system: You are a helpful assistant.
user:
Analyze the provided spectrum to determine if it is a **"Cataclysmic Variables (CV)"**.

- **Key Indicators for CV (Check for either state):**
    - **State 1: Quiescent / Low-State (Emission-Dominated)**
        - **(Primary):** Strong and *very broad* Hydrogen Balmer emission lines (e.g., $H\alpha$ at 6563 Å, $H\beta$ at 4861 Å). The 'broadness' (high velocity dispersion, often FWHM > 1000 km/s) is the key diagnostic, indicating a high-velocity accretion disk.
        - **(Secondary):** Broad neutral Helium (He I) emission lines (e.g., 5876 Å, 6678 Å).
        - **(Key Confirmation):** Presence of high-excitation *ionized* Helium (He II) emission at 4686 Å. This is a strong indicator of accretion onto a white dwarf.
        - **(Line Profile):** Emission lines may exhibit a 'double-peaked' profile, which is a classic signature of a rotating accretion disk viewed at high inclination.

    - **State 2: Outburst / High-State (Absorption-Dominated)**
        - **(Primary):** Spectrum is dominated by a bright, blue continuum (looks like a hot star).
        - **(Secondary):** The emission lines from State 1 are weak, absent, or 'filled in', and are replaced by broad, shallow *absorption* lines (primarily Balmer and He I).
        - **(Morphology):** The overall spectrum mimics a hot B/A-type star. The crucial difference is that the absorption lines are significantly broader, shallower, and more 'washed-out' (or 'smeared') than the sharp lines of a normal stellar photosphere, due to high rotational speeds and pressure broadening in the disk.

Think first, call **spectral_visualization_tool** if needed to examine features in detail, then provide your final answer. Your response must adhere to the following strict rules:
1.  **Overall Structure:** Your response must follow the format `<think>...</think> <tool_call>...</tool_call> (if a tool is used) <answer>...</answer>`.
2.  **Tool Usage Constraint:** You may only make **one** tool call per turn.
3.  **Final Answer Format:** In the `<answer>` tag, your conclusion must be inside a `\boxed{}` command (e.g., `\boxed{YES}`), followed by your justification.

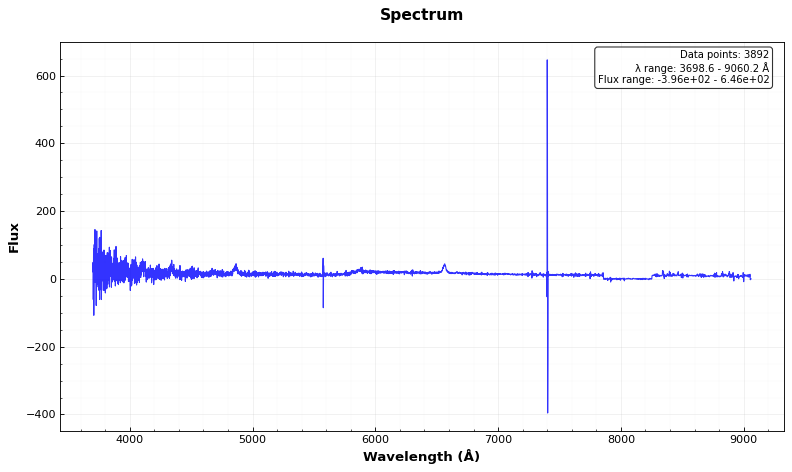
Answer: YES